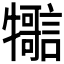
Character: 𤜊